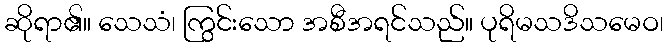
ဆိုရာ၏။ သေသံ၊ ကြွင်းသော အစီအရင်သည်။ ပုရိမသဒိသမေဝ၊